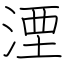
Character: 湮